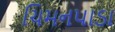
ચિમનપાડા